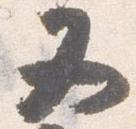
又